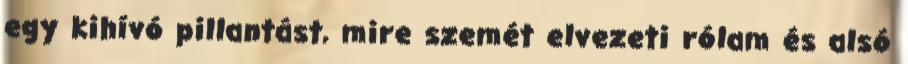
egy kihívó pillantást, mire szemét elvezeti rólam és alsó